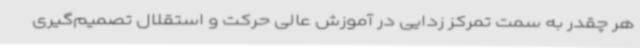
هر چقدر به سمت تمرکز زدایی در آموزش عالی حرکت و استقلال تصمیم‌گیری